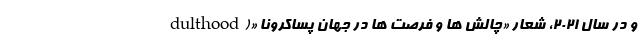
dulthood)» و در سال ۲۰۲۱، شعار «چالش ها و فرصت ها در جهانِ پساکرونا